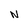
Character: N